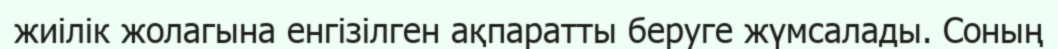
жиілік жолагына енгізілген ақпаратты беруге жүмсалады. Соның